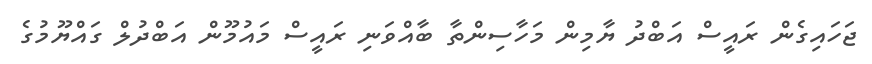
ޖަހައިގެން ރައީސް އަބްދު ޔާމިން މަހާސިންތާ ބާއްވަނި ރައީސް މައުމޫން އަބްދުލް ގައްޔޫމުގެ